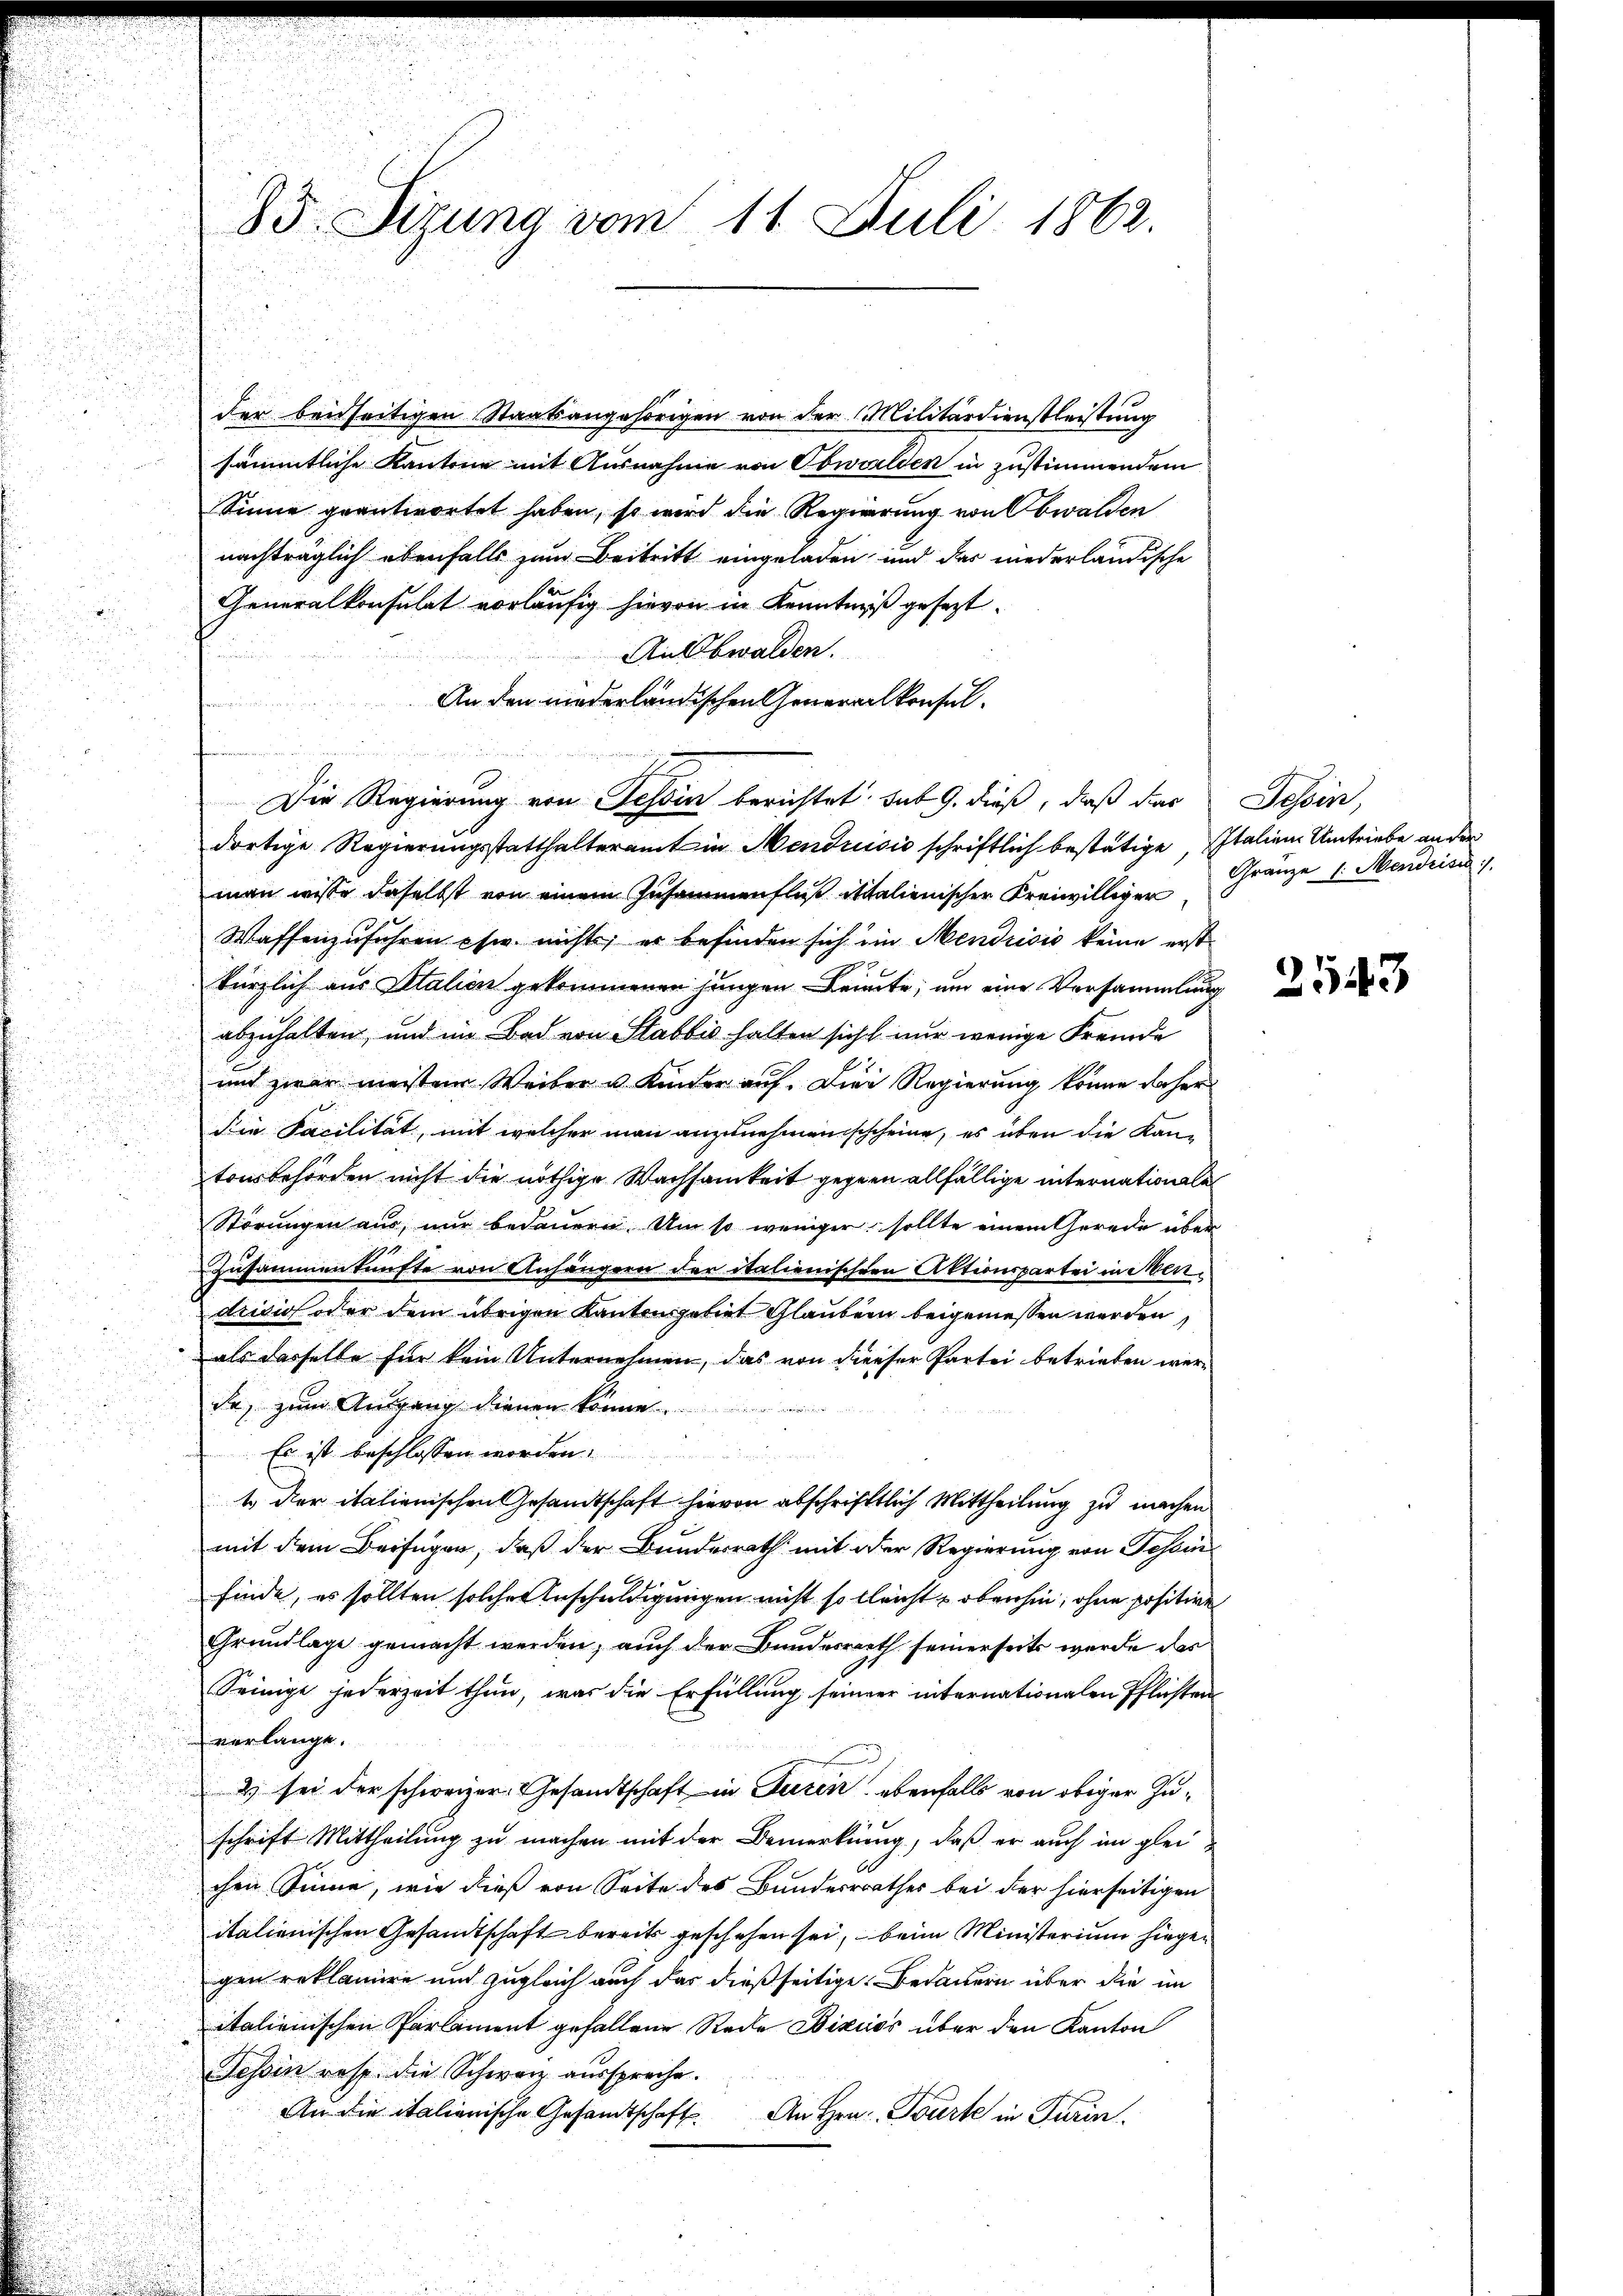
85. Sizung vom 11. Juli 1862.

der beidseitigen Staatsangehörigen von der Militärdienstleistung
sämmtliche Kantone mit Ausnahme von Obwalden in zustimmendem
Sinne geantwortet haben, so wird die Regierung von Obwalden
nachträglich ebenfalls zum Beitritt eingeladen, und das niederländische
Generalkonsulat vorläufig hievon in Kenntniß gesezt.
Auswalden.
An den niederländischen Generalkonsul¬
Die Regierung von Tessin berichtet sub 9. dieß, daß dies
dortige Regierungsstatthalteramt in Mendrisis schriftlich bestätige, Italien Umtriebe an der
man wisse daselbst von einem Zusammenfluß italienischen Kreiwilliger
Waffenzuführen es nicht, er befinden sich im Mendrisis keine erstkürzlich aus Italien gekommenen jungen Leute, um eine Vorsammlung

abzuhalten, und im Bad von Stabbis halten sicht nur wenige Fremde
.
s
unt zwar meister Weiber u. Kinder auf. Die Regierung könne daher
.
d
u
Die Facilität, mit welcher man anzunehmenschcheine, es üben die Kan¬

tonsbehörden nicht die nöthige Wachsamkeit gegen allfällige internationale
Störungen aus, nur bedauern. Um so weniger sollte einem Gerede über
Zusammenkünfte von Anhängern der italienischen Aktionspartei in Men-
drision oder dem übrigen Kantonsgebiet Glaubern beigemessen werden,
als dasselbe für kein Unternehmen, das von dieser Partei betrieben werda, zum Ausgang dienen könne.
 Es ist beschlossen worden.
t der italienischen Gesandtschaft hievon abschriftlich Mittheilŭng zŭ machen
mit dem Beifügen, daß der Bundesrath mit der Regierung von Geheinfinde, es sollten solcher Anschuldigungen nicht solleicht u obenhin, ohne positive
Grundlage gemacht werden; auch der Bundesrath seinerseits werde das
Seinige jederzeit thun, was die Erfüllung seiner internationalen Pflichten
verlange.
2 sei der schweizer Gesandtschaft in Furen, ebenfalls von obiger Zuschrift Mittheilung zu machen mit der Bemerkung, daß er auch im glei-
chen Sinne, wie dieß von Seite des Bunderrrathes bei der hierseitigen
italienischen Gesandtschaft bereits geschehen sei, beim Ministerium hiegen
gen reklamire und zugleich auch das dießseitige Bedauern über die im
italienischen Parlament gefallene Rede Bixios über den Kanton
Tessin resp. die Schweiz ausspreche.
An die italionische Gesandtschaft
An Hrn. Tourte in Turin.

Tessin,
Gränze /: Mendrisc

2543